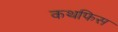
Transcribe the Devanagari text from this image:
कथफिस